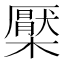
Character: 檿